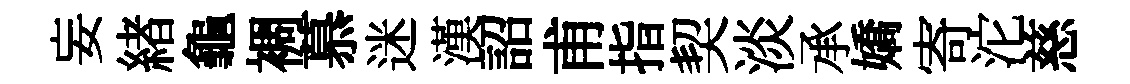
妄緖龜裯慕迷漢詔甫指契淡承嬌寄沱慈